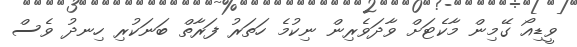
ވީޑިއޯ ގޭމިން މާކެޓަށް ވާދަވެރިން ނިކުމެ ހަތަރު ފަރާތް ބަނަކުރި ހިނދު ވެސް